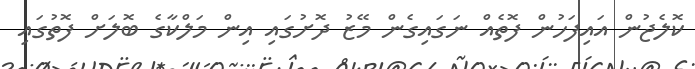
ކޮލެޖުން އައިފަހުން ފޮތެއް ނަގައިގެން މޭޒު ދޮށުގައި އިން މަލްކާގެ ބޮލަށް ފޮތުގައި